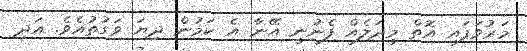
މަރުވަފައި އޮތް މީދަލެއް ފެނުނީ އޭނާ އެ ކަމުން ދިޔަ ވަގުތުއެވެ. އަދި